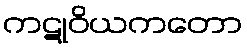
ကဋုဝိယကတော